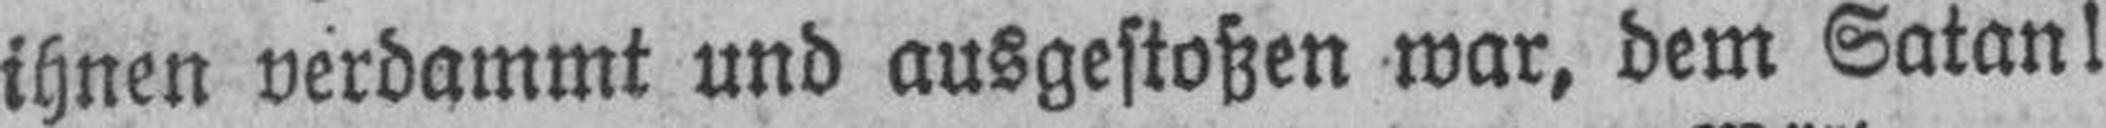
ihnen verdammt und ausgestoßen war, dem Satan!